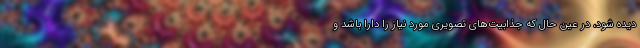
دیده شود، در عین حال که جذابیت‌های تصویری مورد نیاز را دارا باشد و